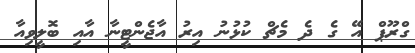
ގްރޫޕް އޭ ގެ ދެ މެޗް ކުޅުނު އިރު އާޖެންޓީނާ އާއި ބޮލީވިއާ